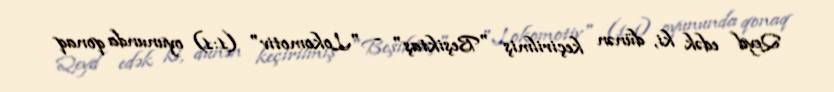
Qeyd edək ki, dünən keçirilmiş "Beşiktaş" - "Lokomotiv" (1:1) oyununda qonaq